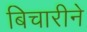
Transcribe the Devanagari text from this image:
बिचारीने